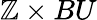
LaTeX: \mathbb{Z}\times BU